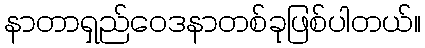
နာတာရှည်ဝေဒနာတစ်ခုဖြစ်ပါတယ်။